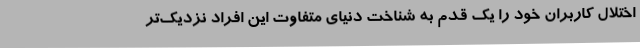
اختلال کاربران خود را یک قدم به شناخت دنیای متفاوت این افراد نزدیک‌تر